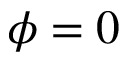
\phi = 0